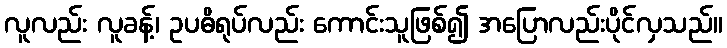
လူလည်း လူခန့်၊ ဥပဓိရုပ်လည်း ကောင်းသူဖြစ်၍ အပြောလည်းပိုင်လှသည်။